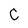
Character: C